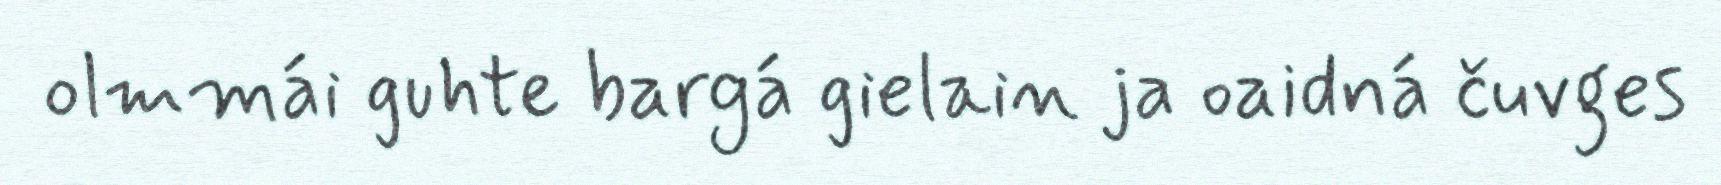
olmmái guhte bargá gielain ja oaidná čuvges